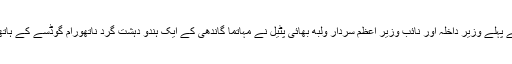
اگر تاریخ کا جائزہ لیا جائے تو پتہ چلتا ہے کہ ملک کے پہلے وزیر داخلہ اور نائب وزیر اعظم سردار ولبھ بھائی پٹیل نے مہاتما گاندھی کے ایک ہندو دہشت گرد ناتھورام گوڈسے کے ہاتھوں قتل کے بعد آر ایس ایس پر پابندی عائد کردی تھی۔